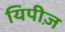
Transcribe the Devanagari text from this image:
यिपीज़